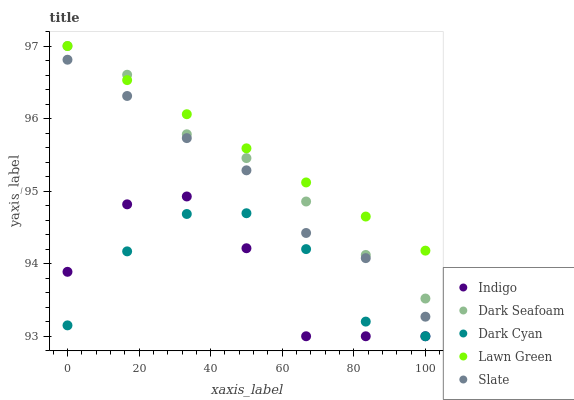
| xaxis_label | Indigo | Dark Seafoam | Dark Cyan | Lawn Green | Slate |
 | --- | --- | --- | --- | --- | --- |
 | 0 | 93.9 | 97 | 93.2 | 97 | 96.8 |
 | 16.7 | 94.8 | 96.6 | 94.2 | 96.5 | 96.3 |
 | 33.3 | 94.9 | 95.8 | 94.7 | 96.1 | 95.7 |
 | 50 | 94.2 | 95.5 | 94.7 | 95.6 | 95.3 |
 | 66.7 | 93 | 94.9 | 94.2 | 95.1 | 94.4 |
 | 83.3 | 93 | 94.1 | 93.2 | 94.6 | 94.1 |
 | 100 | 93 | 93.5 | 93 | 94.2 | 93.3 |